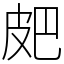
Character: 㿬